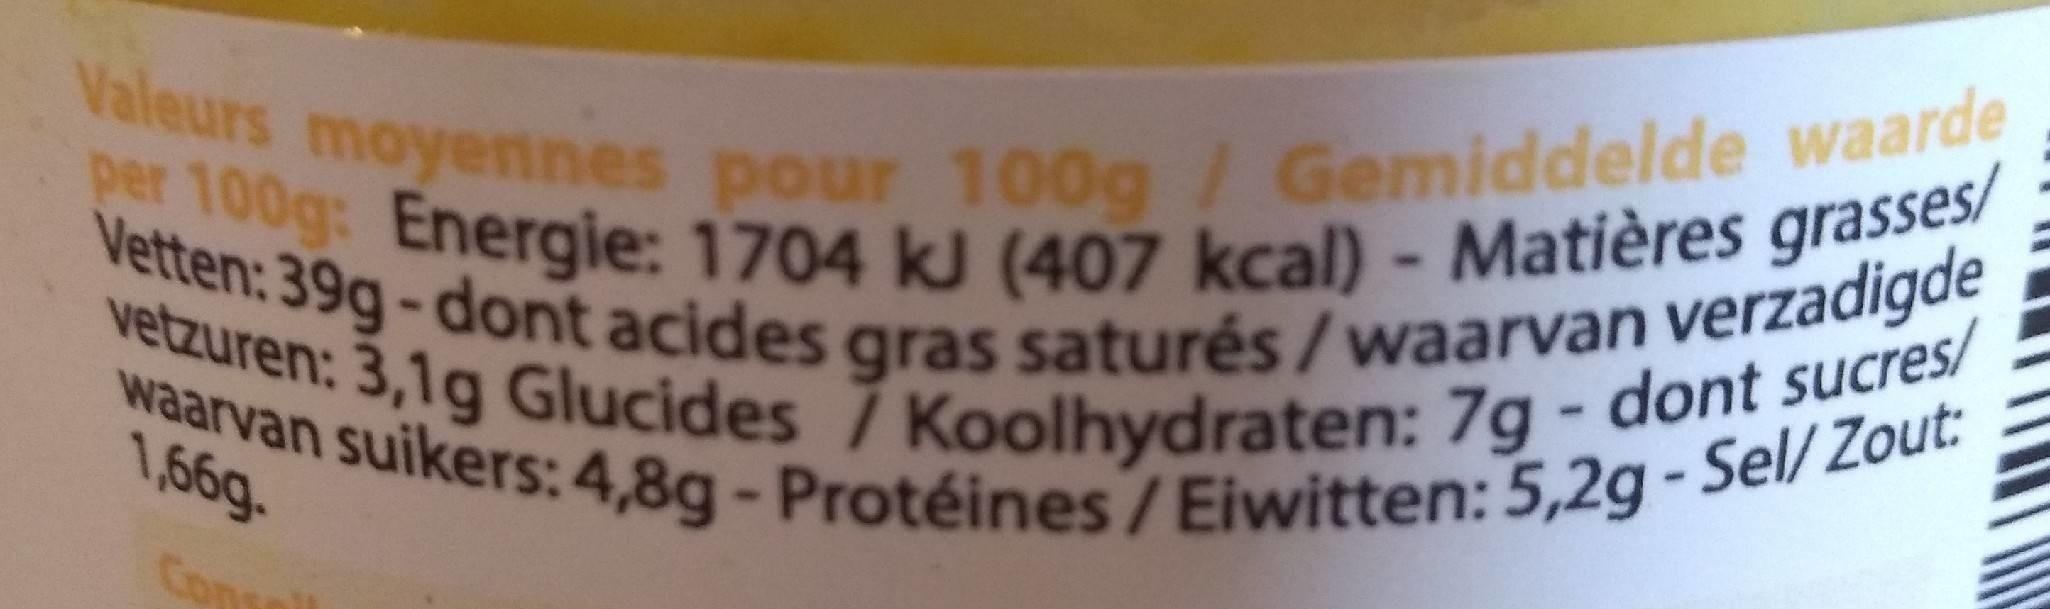
Valeurs moyennes pour 100g/ Gemiddelde waarde per 100g: Energie: 1704 kJ (407 kcal) - Matières grasses/ Vetten: 39g-dont acides gras saturés/waarvan verzadigde, vetzuren: 3,1g Glucides 7 Koolhydraten: 7g - dont sucres/ waarvan suikers: 4,8g-Protéines /Eiwitten: 5,2g - Sel/ Zout:
Con